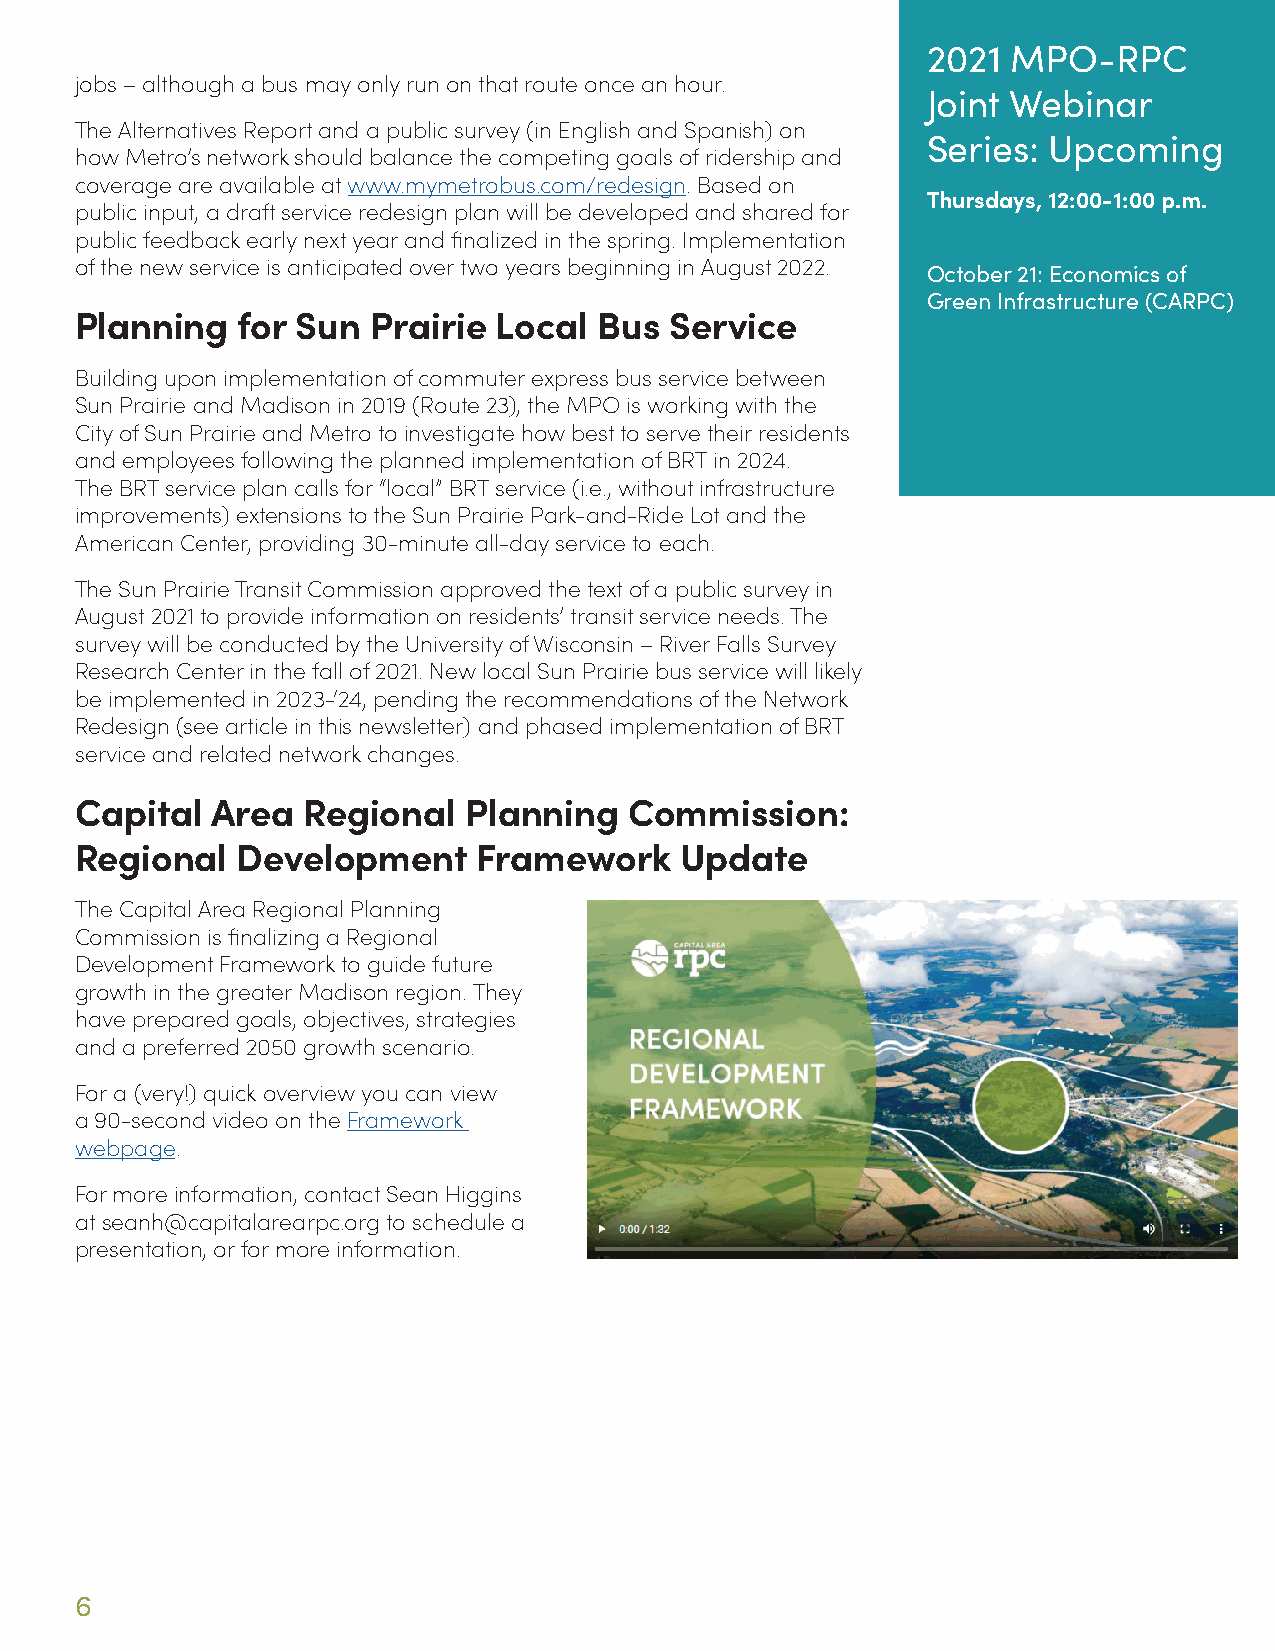
2021  MPO-RPC
 jobs – although a bus may only run on that route once an hour.
 Joint Webinar
 The Alternatives Report and a public survey (in English and Spanish) on
 Series: Upcoming
 how Metro’s network should balance the competing goals of ridership and
 coverage are available at www.mymetrobus.com/redesign. Based on
 Thursdays, 12:00-1:00 p.m.
 public input, a draft service redesign plan will be developed and shared for
 public feedback early next year and finalized in the spring. Implementation
 of the new service is anticipated over two years beginning in August 2022.
 October 21: Economics of
 Green Infrastructure (CARPC)
 Planning   for Sun  Prairie Local  Bus Service
 Building upon implementation of commuter express bus service between
 Sun Prairie and Madison in 2019 (Route 23), the MPO is working with the
 City of Sun Prairie and Metro to investigate how best to serve their residents
 and employees following the planned implementation of BRT in 2024.
 The BRT service plan calls for “local” BRT service (i.e., without infrastructure
 improvements) extensions to the Sun Prairie Park-and-Ride Lot and the
 American Center, providing 30-minute all-day service to each.
 The Sun Prairie Transit Commission approved the text of a public survey in
 August 2021 to provide information on residents’ transit service needs. The
 survey will be conducted by the University of Wisconsin – River Falls Survey
 Research Center in the fall of 2021. New local Sun Prairie bus service will likely
 be implemented in 2023-‘24, pending the recommendations of the Network
 Redesign (see article in this newsletter) and phased implementation of BRT
 service and related network changes.
 Capital  Area  Regional   Planning   Commission:
 Regional   Development     Framework    Update
 The Capital Area Regional Planning
 Commission is finalizing a Regional
 Development Framework to guide future
 growth in the greater Madison region. They
 have prepared goals, objectives, strategies
 and a preferred 2050 growth scenario.
 For a (very!) quick overview you can view
 a 90-second video on the Framework
 webpage.
 For more information, contact Sean Higgins
 at seanh@capitalarearpc.org to schedule a
 presentation, or for more information.
 6